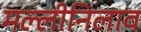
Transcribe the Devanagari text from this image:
मल्लीनिलाव